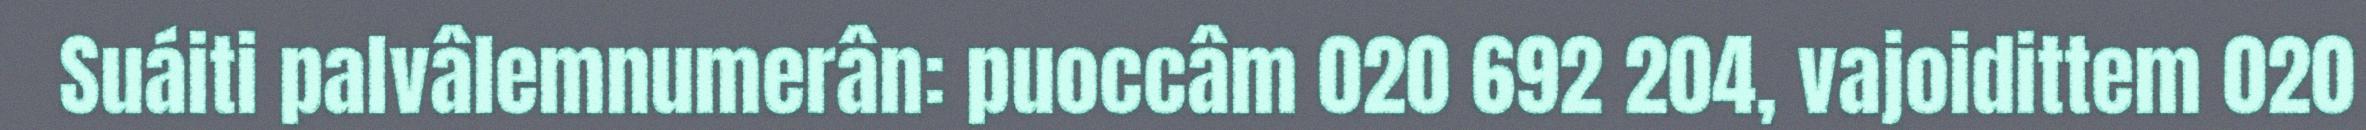
Suáiti palvâlemnumerân: puoccâm 020 692 204, vajoidittem 020